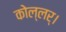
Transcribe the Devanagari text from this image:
कोल्लर्।